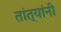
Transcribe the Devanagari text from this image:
तांत्यांनी